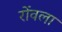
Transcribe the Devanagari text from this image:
रोंवला